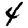
Digit: 4